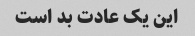
این یک عادت بد است